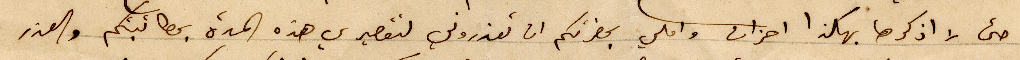
حتى لا اذكرها بهكذا احزان واملي بحضرتكم ان تعذروني لتقصيري هذه المدة بمطالبتكم والعذر